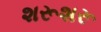
શરૂશરૂ